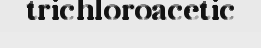
trichloroacetic